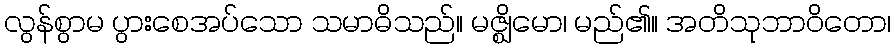
လွန်စွာမ ပွားစေအပ်သော သမာဓိသည်။ မဇ္ဈိမော၊ မည်၏။ အတိသုဘာဝိတော၊